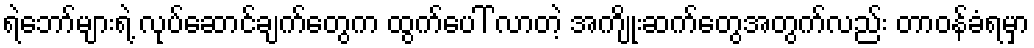
ရဲဘော်များရဲ့ လုပ်ဆောင်ချက်တွေက ထွက်ပေါ် လာတဲ့ အကျိုးဆက်တွေအတွက်လည်း တာဝန်ခံရမှာ